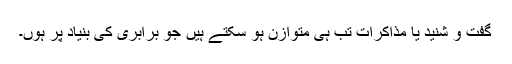
گفت و شنید یا مذاکرات تب ہی متوازن ہو سکتے ہیں جو برابری کی بنیاد پر ہوں۔